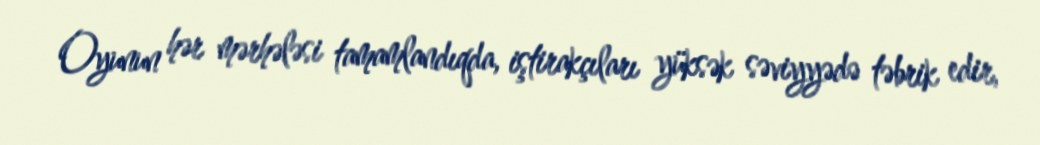
Oyunun hər mərhələsi tamamlandıqda, iştirakçıları yüksək səviyyədə təbrik edir,